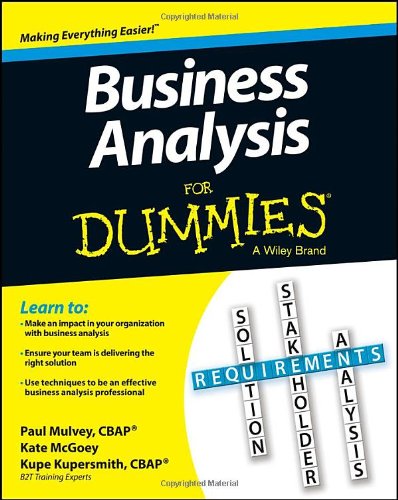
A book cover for Business Analysis For Dummies; Kupe Kupersmith; Reference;